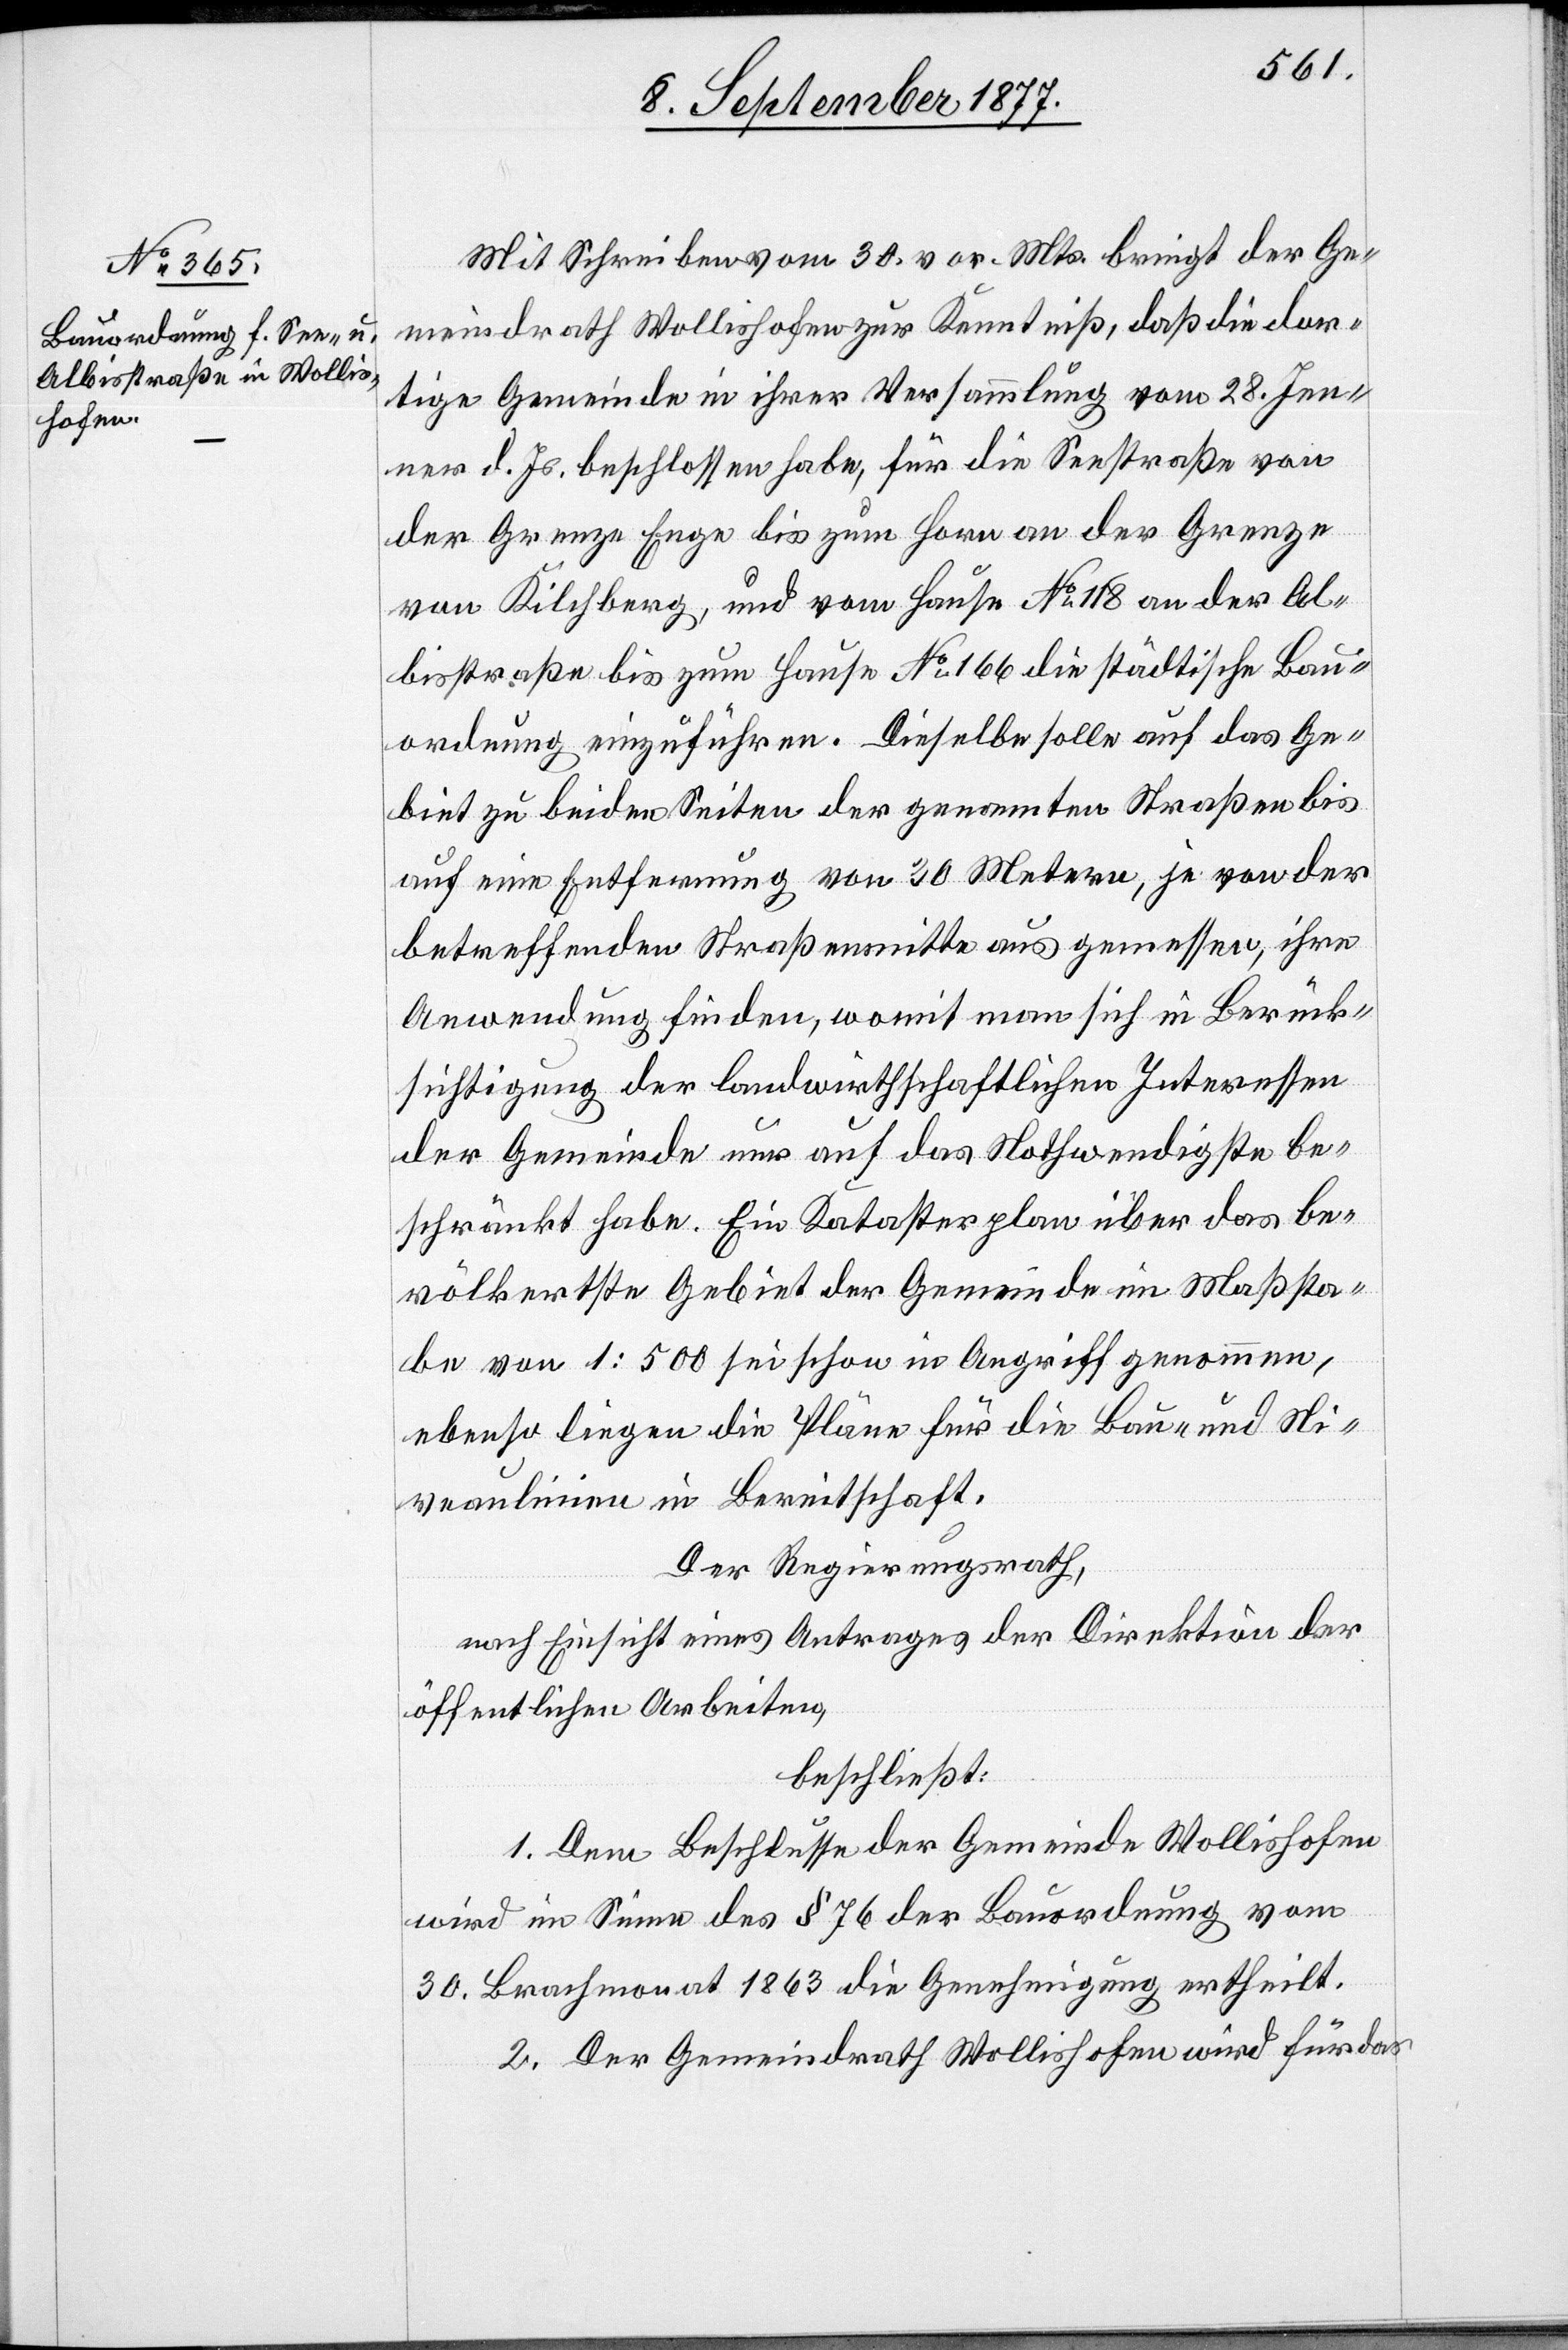
Mit Schreiben vom 30. vor. Mts. bringt der Ge¬
meindrath Wollishofen zur Kenntniß, daß die dor¬
tige Gemeinde in ihrer Versammlung vom 28. Jen¬
ner d. Js. beschlossen habe, für die Seestraße von
der Grenze Enge bis zum Horn an der Grenze
von Kilchberg, und vom Hause No 118 an der Al¬
bisstraße bis zum Hause No 166 die städtische Bau¬
ordnung einzuführen. Dieselbe solle auf das Ge¬
biet zu beiden Seiten der genannten Straßen bis
auf eine Entfernung von 30 Metern, je von der
betreffenden Straßenmitte aus gemessen, ihre
Anwendung finden, womit man sich in Berück¬
sichtigung der landwirthschaftlichen Interessen
der Gemeinde nur auf das Nothwendigste be¬
schränkt habe. Ein Katasterplan über das be¬
völkertste Gebiet der Gemeinde im Maßsta¬
be von 1:500 sei schon in Angriff genommen,
ebenso liegen die Pläne für die Bau- und Ni¬
veaulinien in Bereitschaft.
Der Regierungsrath,
nach Einsicht eines Antrages der Direktion der
öffentlichen Arbeiten,
beschließt:
1. Dem Beschlusse der Gemeinde Wollishofen
wird im Sinne des § 76 der Bauordnung vom
30. Brachmonat 1863 die Genehmigung ertheilt.
2. Der Gemeindrath Wollishofen wird für das